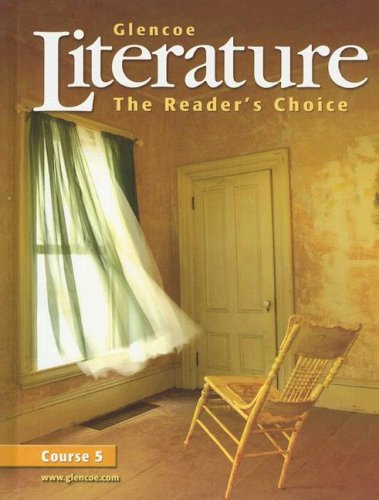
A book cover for Glencoe Literature: The Readers Choice Course 5; Glencoe; Reference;